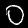
Digit: 0